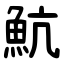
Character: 魧